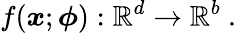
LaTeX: f(\boldsymbol{x};\boldsymbol{\phi}):\mathbb{R}^{d}\rightarrow\mathbb{R}^{b}~.